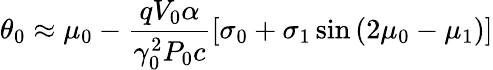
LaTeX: \theta_{0}\approx\mu_{0}-\frac{qV_{0}\alpha}{\gamma_{0}^{2}P_{0}c}\left[\sigma_{0}+\sigma_{1}\sin\left(2\mu_{0}-\mu_{1}\right)\right]